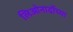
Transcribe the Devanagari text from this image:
लिओनार्दोच्या